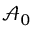
\mathcal { A } _ { 0 }